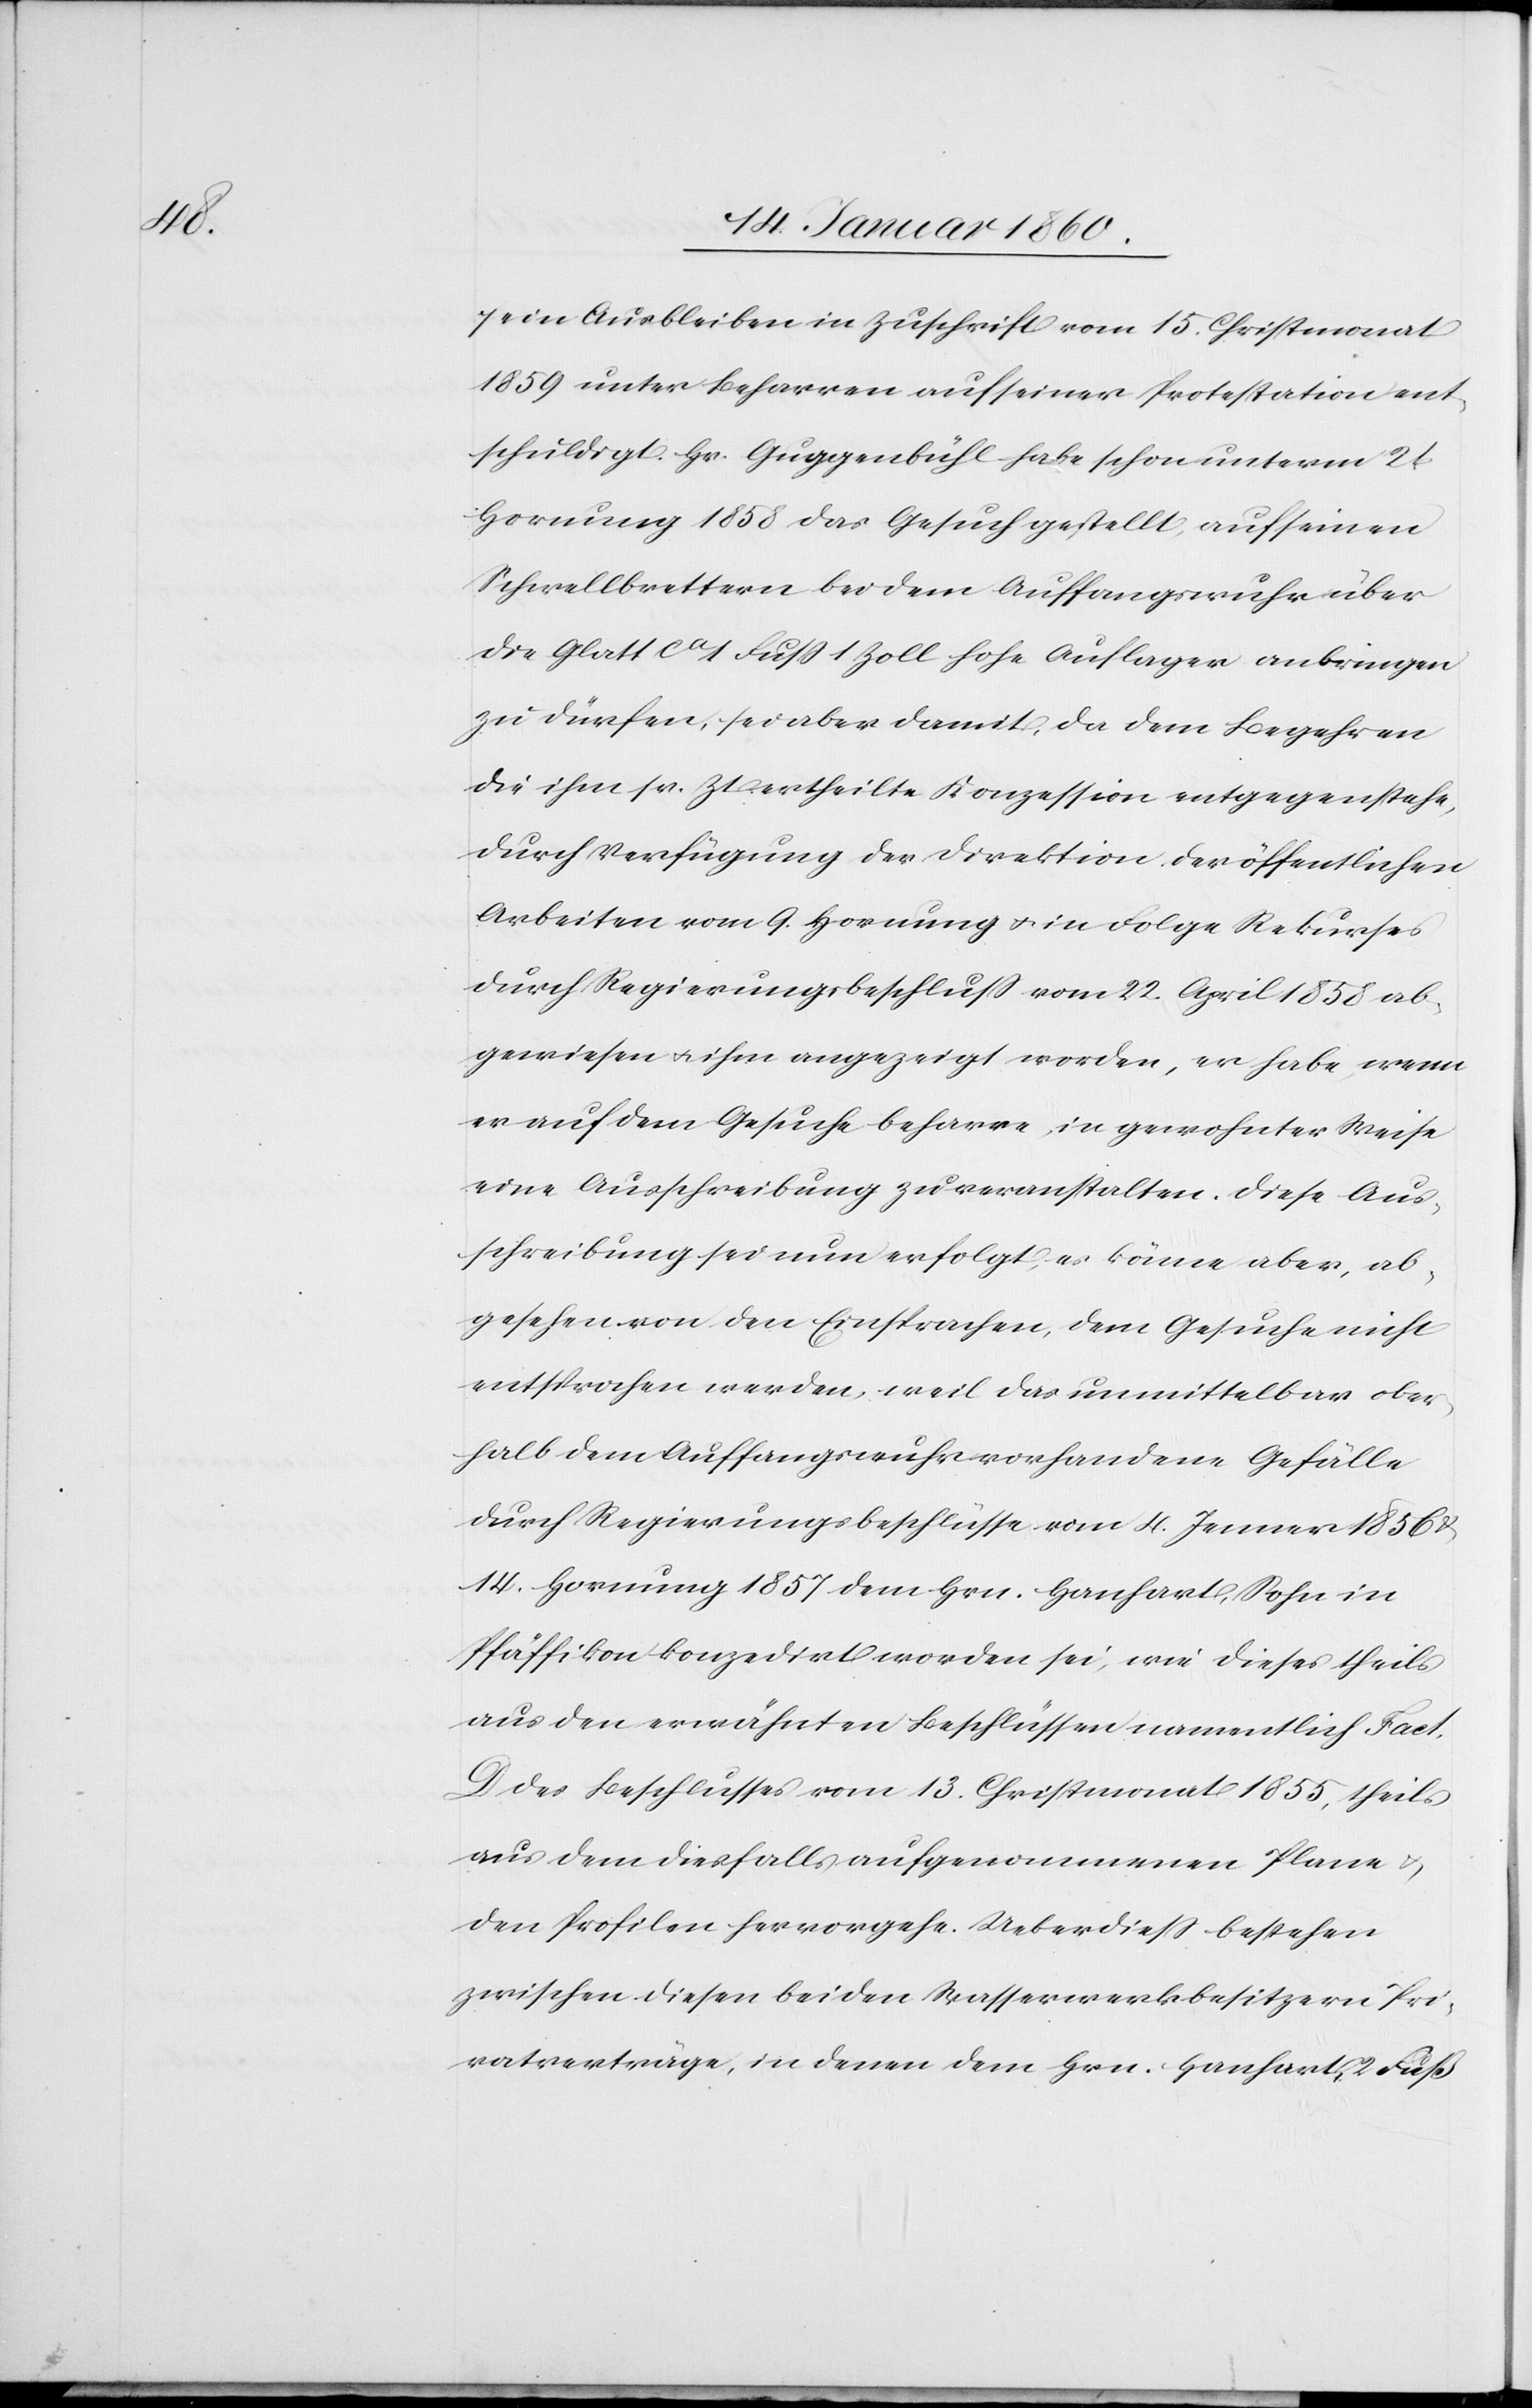
sein Ausbleiben in Zuschrift vom 15. Christmonat
1859 unter Beharren auf seiner Protestation ent¬
schuldigt. Hr. Guggenbühl habe schon unterm 21.
Hornung 1858 das Gesuch gestellt, auf seinen
Schwellbrettern die dem Auffangwuhr über
die Glatt ca 1 Fuß 1 Zoll hohe Auflager anbringen
zu dürfen, sei aber damit, da dem Begehren
die ihm sr. Zt. ertheilte Konzession entgegenstehe,
durch Verfügung der Direktion der öffentlichen
Arbeiten vom 9. Hornung u. in Folge Rekurses
durch Regierungsbeschluß vom 22. April 1858 ab¬
gewiesen u. ihm angezeigt worden, er habe, wenn
er auf dem Gesuche beharre, in gewohnter Weise
eine Ausschreibung zu veranstalten. Diese Aus¬
schreibung sei nun erfolgt, es könne aber, ab¬
gesehen von den Einsprachen, dem Gesuche nicht
entsprochen werden, weil das unmittelbar ober¬
halb dem Auffangwuhr vorhandene Gefälle
durch Regierungsbeschlüsse vom 4. Jenner 1856 u.
14. Hornung 1857 dem Hrn. Hanhart, Sohn in
Pfäffikon konzedirt worden sei, wie dieses theils
aus den erwähnten Beschlüssen namentlich Fact.
D. des Beschlusses vom 13. Christmonat 1855, theils
aus dem diesfalls aufgenommenen Plane
den Profilen hervorgehe. Ueberdieß bestehen
zwischen diesen beiden Wasserwerkbesitzern Pri¬
vatverträge, in denen dem Hrn. Hanhart 2. Fuß